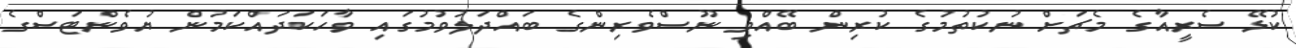
ކުޅޭ ސެރީއާގެ މެޗަށް ނުކުތުމުގެ ކުރިން ބޭއްވި ނޫސްވެރިންގެ ބައްދަލުވުމުގައި ވާހަކަދައްކަމުން ޔުވެންޓަސްގެ